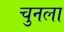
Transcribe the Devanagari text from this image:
चुनला